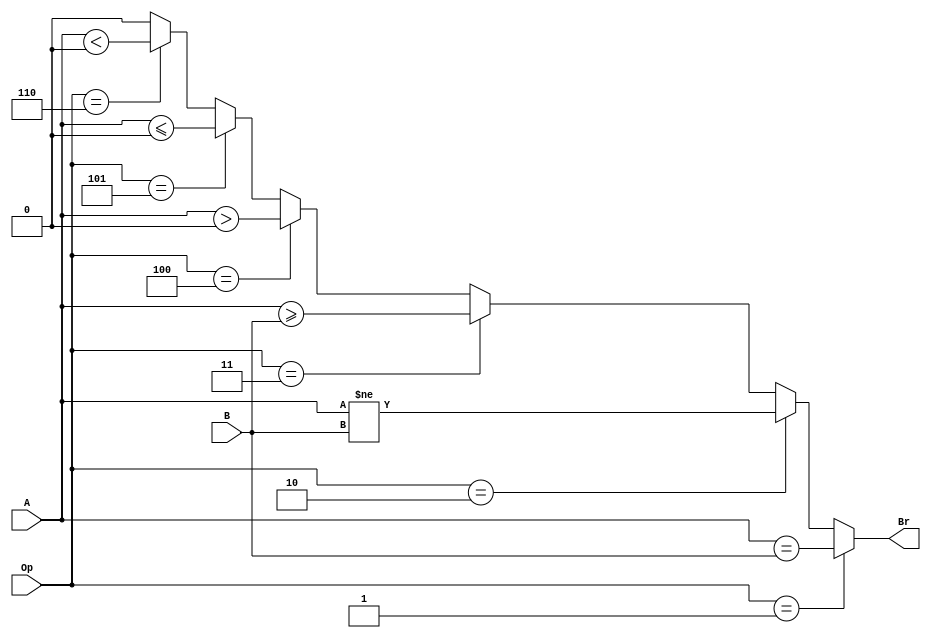
`timescale 1ns / 1ps
//////////////////////////////////////////////////////////////////////////////////
// Company: 
// Engineer: 
// 
// Design Name: 
// Module Name:    Equal 
// Project Name: 
// Target Devices: 
// Tool versions: 
// Description: 
//
// Dependencies: 
//
// Revision: 
// Revision 0.01 - File Created
// Additional Comments: 
//
//////////////////////////////////////////////////////////////////////////////////
module Equal(A,B,Op,Br
    );
	input [31:0] A,B;
	input [2:0] Op;
	output Br;
	assign Br	=	(Op==3'b001)?(A==B):
						(Op==3'b010)?(A!=B):
						(Op==3'b011)?(A>=B):
						(Op==3'b100)?(A>0):
						(Op==3'b101)?(A<=0):
						(Op==3'b110)?(A<0):
						1'b0;

endmodule